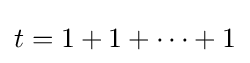
t=1+1+\cdots +1